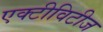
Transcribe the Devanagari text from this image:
एक्टीविटीज